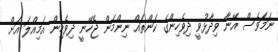
ނަމަވެސް އޭނާ ވިދާޅުވީ ދިވެހިންގެ ކަންތައް ނިންމަން ޖެހޭނީ ދިވެހިން އަމިއްލަ އަށް